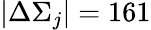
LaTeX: |\Delta\Sigma_{j}|=161